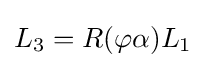
L_{3}=R(\varphi \alpha )L_{1}